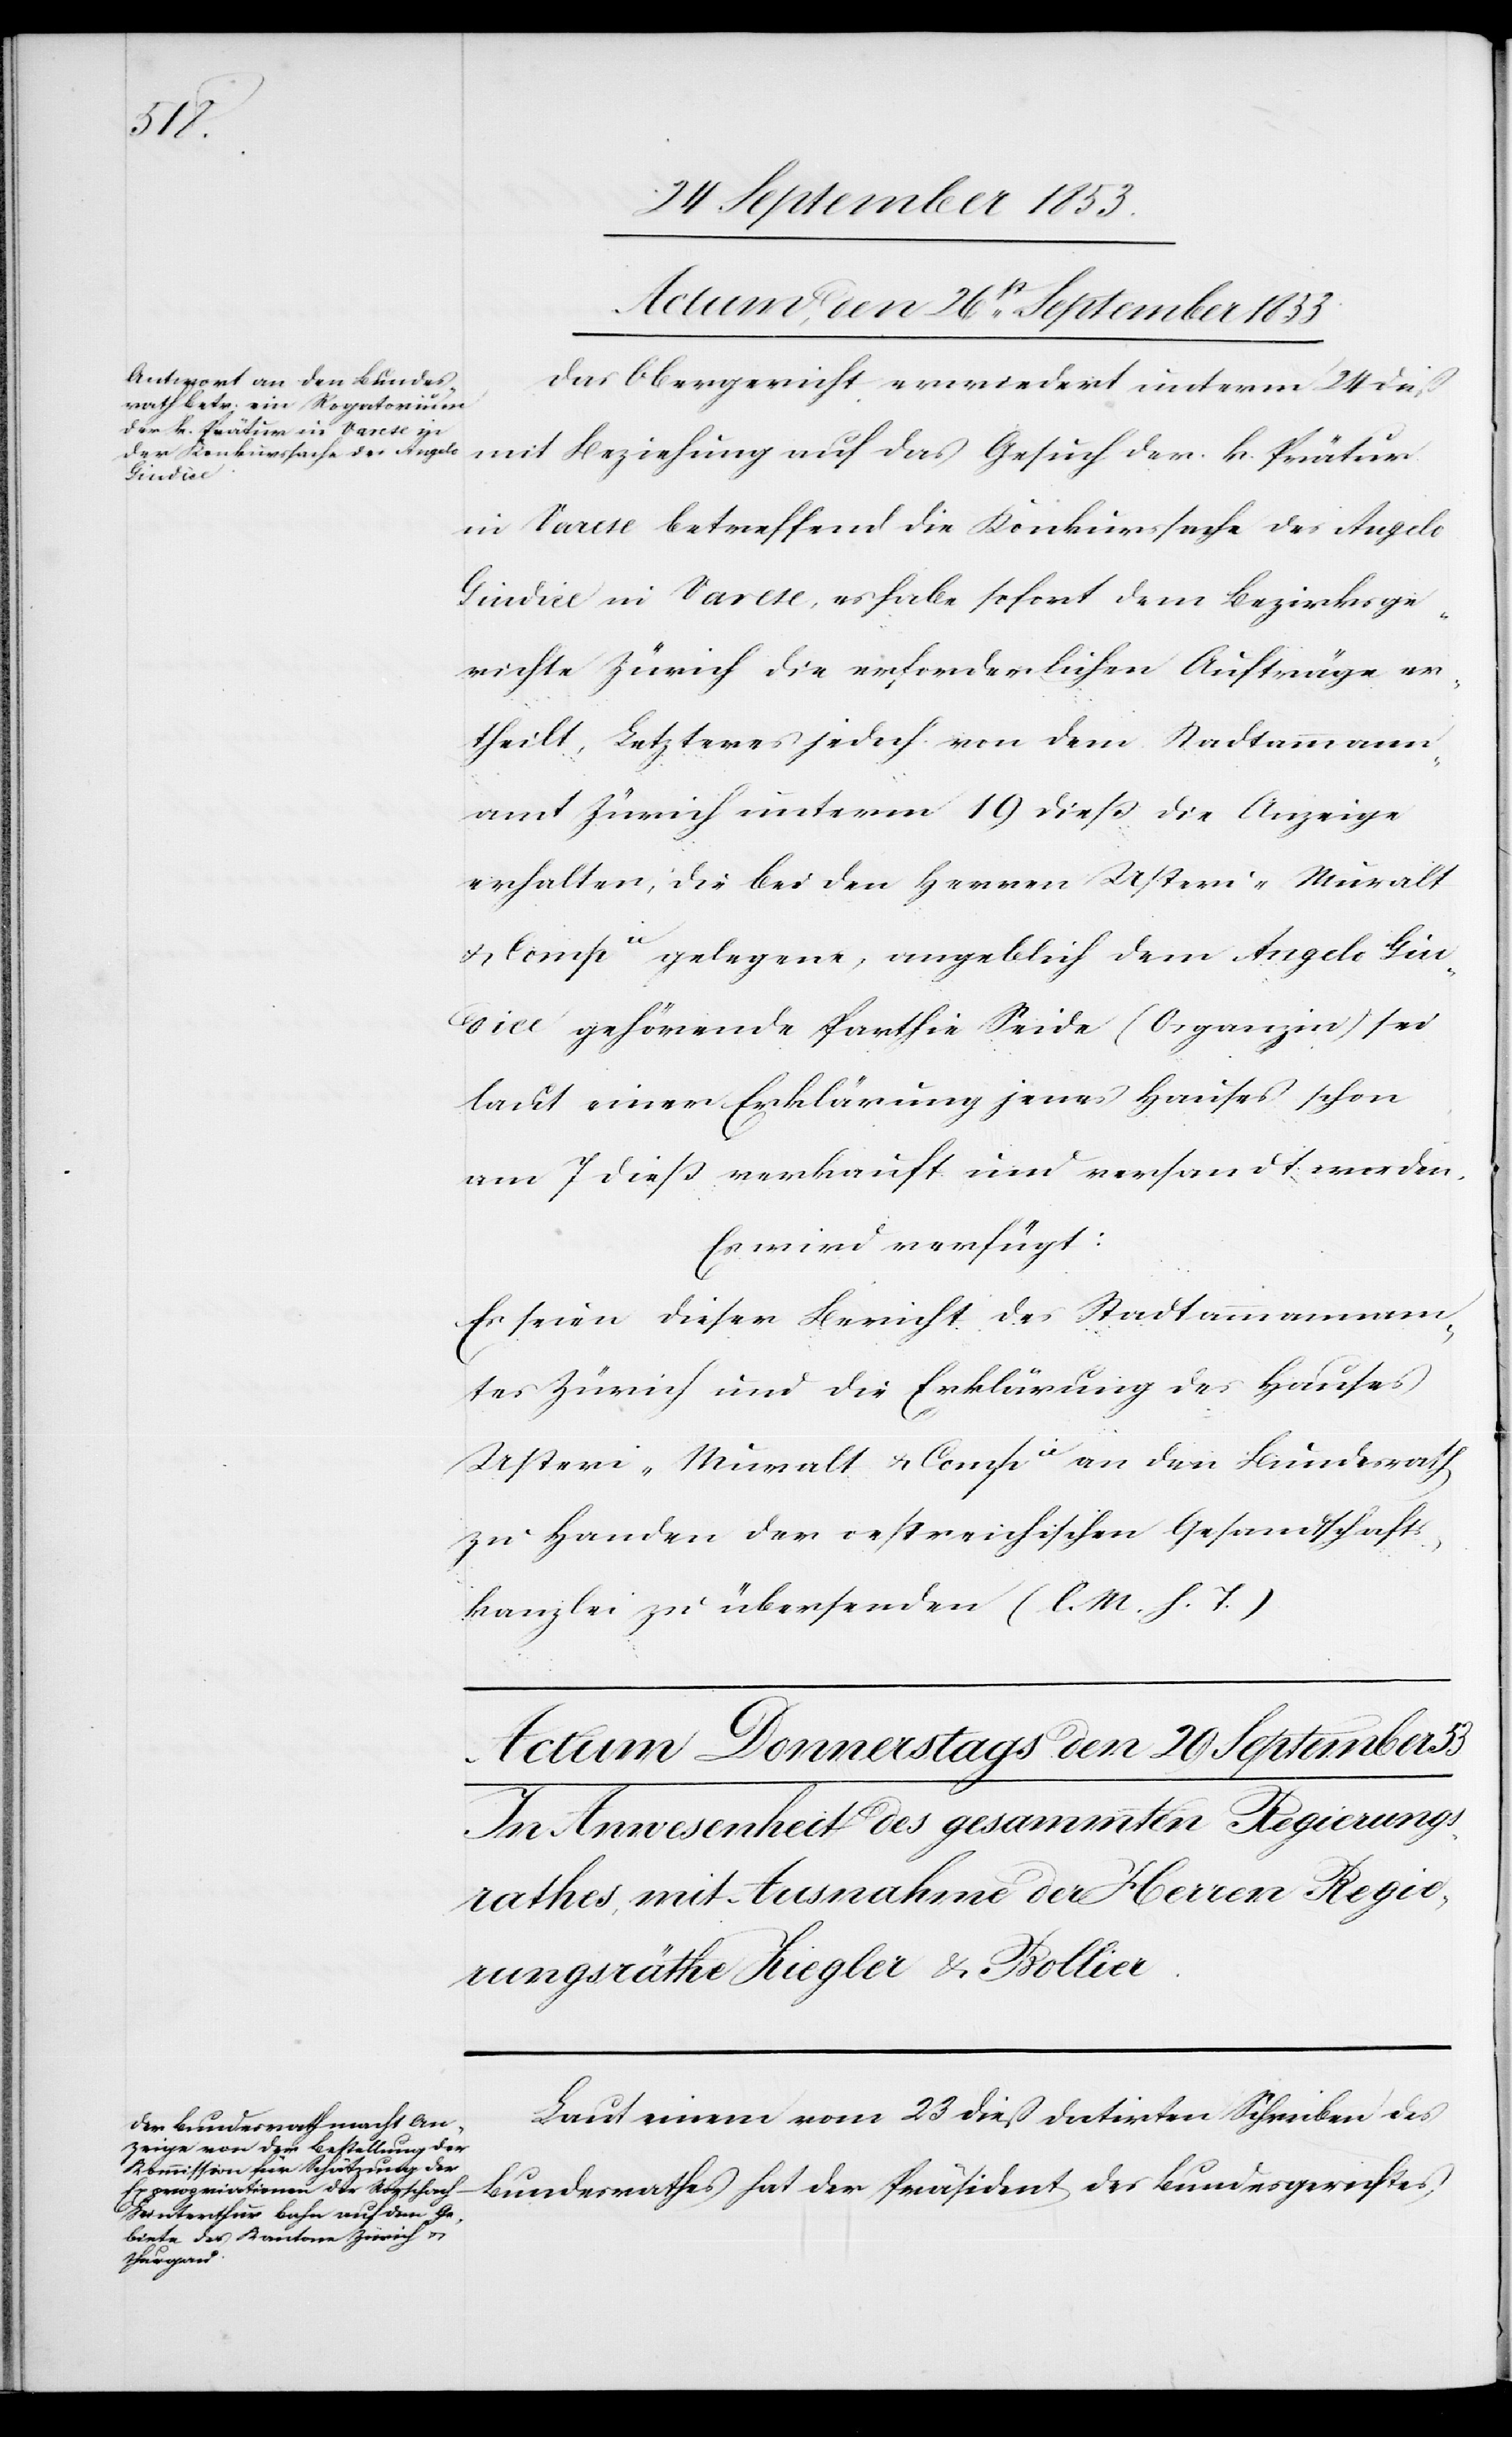
Actum, den 26t[en] September 1853
Das Obergericht verwendet unterm 24 dieß
mit Beziehung auf das Gesuch der k. Prätur
in Varese betreffend die Konkurssache des Angelo
Gindice in Varese, es habe sofort dem Bezirksge¬
richte Zürich die erforderlichen Aufträge er¬
theilt, Letzteres jedoch von dem Stadtammann¬
amt Zürich unterm 19 dieß die Anzeige
erhalten, die bei den Herrn Usteri-Muralt
u. Compie gelegene, angeblich dem Angelo Gin¬
dice gehörende Parthie Seide (Osganzin) sei
laut einer Erklärung jenes Hauses schon
am 7 dieß verkauft und versandt worden.
Laut einem 23 dieß datirten Schreiben des
Bundesrathes hat der Präsident des Bundesgerichtes,